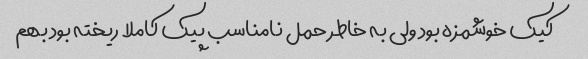
کیک خوشمزه بود ولی به خاطر حمل نامناسب پیک کاملا ریخته بود بهم